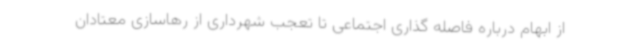
از ابهام درباره فاصله گذاری اجتماعی تا تعجب شهرداری از رهاسازی معتادان